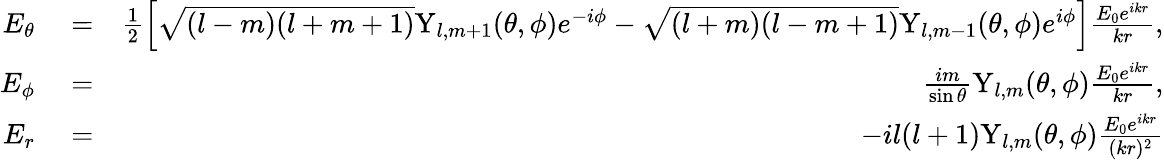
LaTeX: \begin{array}{rlr}{E_{\theta}}&{{}=}&{\frac{1}{2}\Big[\sqrt{(l-m)(l+m+1)}\mathrm{Y}_{l,m+1}(\theta,\phi)e^{-i\phi}-\sqrt{(l+m)(l-m+1)}\mathrm{Y}_{l,m-1}(\theta,\phi)e^{i\phi}\Big]\frac{E_{0}e^{ikr}}{kr},}\\ {E_{\phi}}&{{}=}&{\frac{im}{\sin\theta}\mathrm{Y}_{l,m}(\theta,\phi)\frac{E_{0}e^{ikr}}{kr},}\\ {E_{r}}&{{}=}&{-il(l+1)\mathrm{Y}_{l,m}(\theta,\phi)\frac{E_{0}e^{ikr}}{(kr)^{2}}}\end{array}